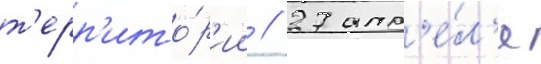
т'ерр'ито́р'ии // 27 апр'е́л'я